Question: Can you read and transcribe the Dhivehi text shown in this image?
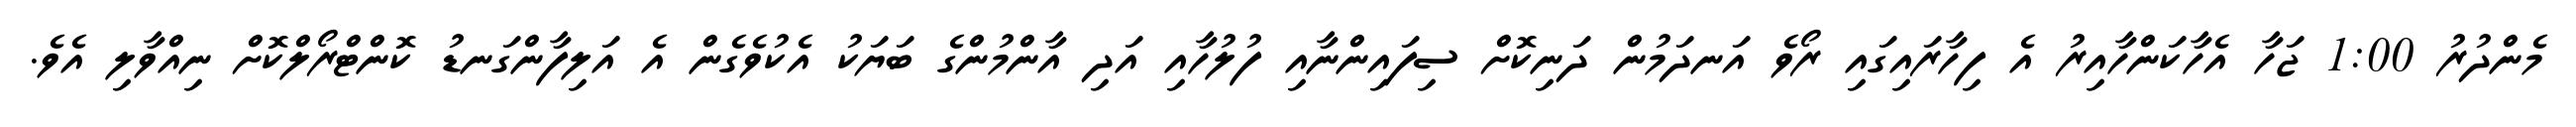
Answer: މެންދުރު 1:00 ޖަހާ އެހާކަންހާއިރު އެ ފިހާރައިގައި ރޯވެ އަނދަމުން ދަނިކޮށް ސިފައިންނާއި ފުލުހާއި އަދި އާންމުންގެ ބަޔަކު އެކުވެގެން އެ އަލިފާންގަނޑު ކޮންޓްރޯލްކޮށް ނިއްވާލި އެވެ.